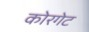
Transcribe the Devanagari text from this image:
कोरगेट